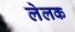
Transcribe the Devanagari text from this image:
लेलक